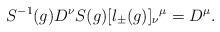
LaTeX: \begin{align*}S^{-1}(g)D^{\nu}S(g)[l_{\pm}(g)]_{\nu}{}^{\mu} = D^{\mu}.\end{align*}